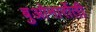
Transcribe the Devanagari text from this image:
बुओनार्रोती